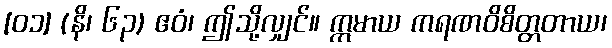
[၀၁] (နိ၊ ၆၃) ဧဝံ၊ ဤသို့လျှင်။ ဣမာယ ကရဏဝိစိတ္တတာယ၊